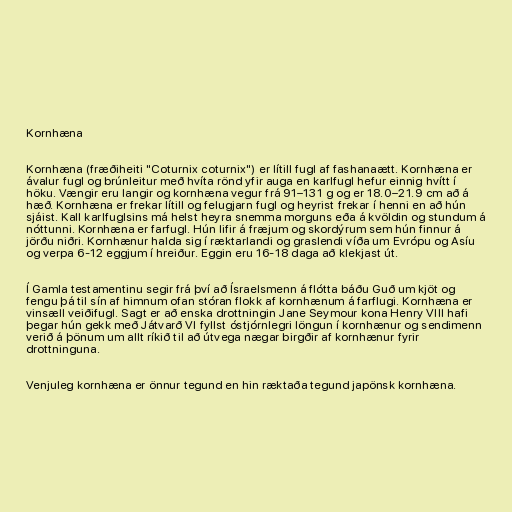
Kornhæna

Kornhæna (fræðiheiti "Coturnix coturnix") er lítill fugl af fashanaætt. Kornhæna er
ávalur fugl og brúnleitur með hvíta rönd yfir auga en karlfugl hefur einnig hvítt í
höku. Vængir eru langir og kornhæna vegur frá 91–131 g og er 18.0–21.9 cm að á
hæð. Kornhæna er frekar lítill og felugjarn fugl og heyrist frekar í henni en að hún
sjáist. Kall karlfuglsins má helst heyra snemma morguns eða á kvöldin og stundum á
nóttunni. Kornhæna er farfugl. Hún lifir á fræjum og skordýrum sem hún finnur á
jörðu niðri. Kornhænur halda sig í ræktarlandi og graslendi víða um Evrópu og Asíu
og verpa 6-12 eggjum í hreiður. Eggin eru 16-18 daga að klekjast út.

Í Gamla testamentinu segir frá því að Ísraelsmenn á flótta báðu Guð um kjöt og
fengu þá til sín af himnum ofan stóran flokk af kornhænum á farflugi. Kornhæna er
vinsæll veiðifugl. Sagt er að enska drottningin Jane Seymour kona Henry VIII hafi
þegar hún gekk með Játvarð VI fyllst óstjórnlegri löngun í kornhænur og sendimenn
verið á þönum um allt ríkið til að útvega nægar birgðir af kornhænur fyrir
drottninguna.

Venjuleg kornhæna er önnur tegund en hin ræktaða tegund japönsk kornhæna.